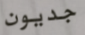
جديون